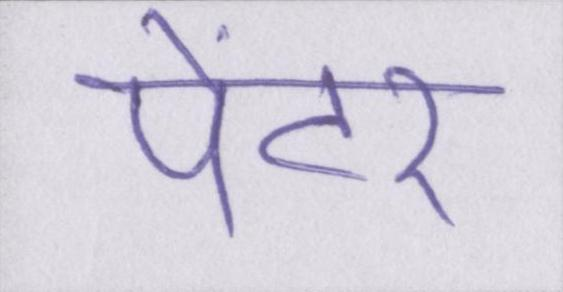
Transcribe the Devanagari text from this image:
पेंटर